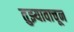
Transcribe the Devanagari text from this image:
तुझ्यावाचून